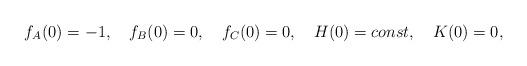
LaTeX: \begin{align*}f_A(0)=-1,\quad f_B(0)=0, \quad f_C(0)=0, \quad H(0)=const, \quad K(0)=0,\end{align*}